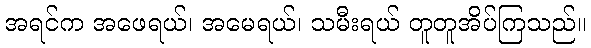
အရင်က အဖေရယ်၊ အမေရယ်၊ သမီးရယ် တူတူအိပ်ကြသည်။